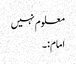
معلوم نہیں
امام:۔